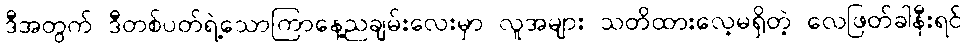
ဒီအတွက် ဒီတစ်ပတ်ရဲ့သောကြာနေ့ညချမ်းလေးမှာ လူအများ သတိထားလေ့မရှိတဲ့ လေဖြတ်ခါနီးရင်